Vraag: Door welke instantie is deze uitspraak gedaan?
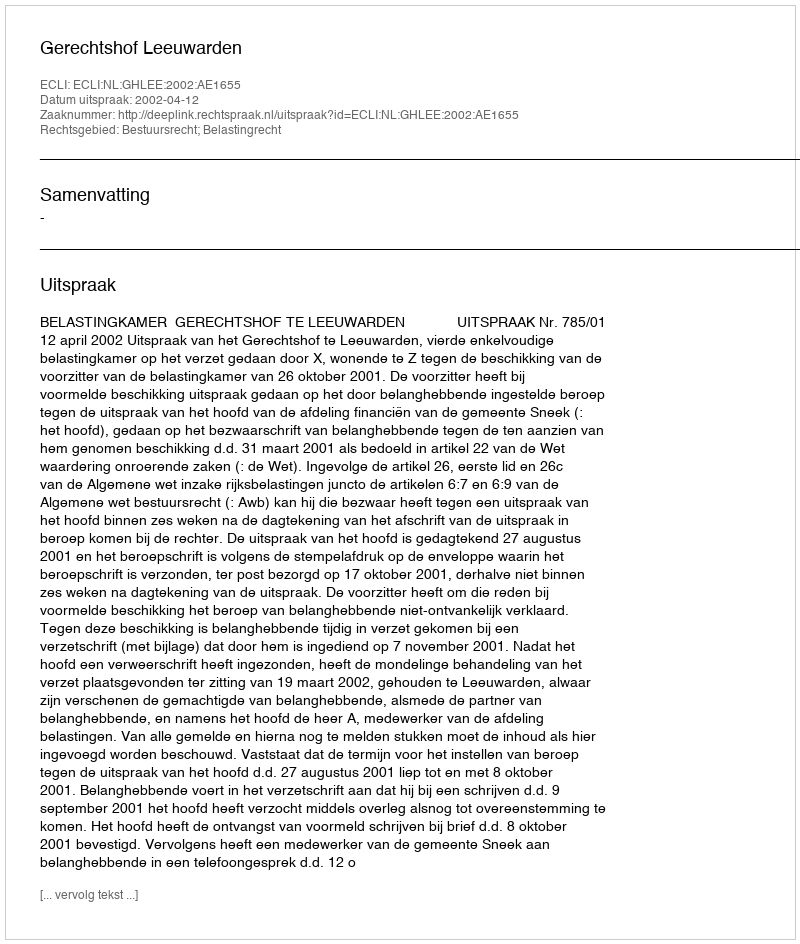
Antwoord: Gerechtshof Leeuwarden